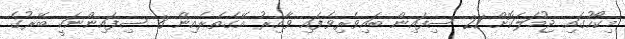
މިކޯހުގައި ޖުމަލަކޮށް 21 ސިފައިން ބައިވެރިވެފައި ވާއިރު އޭގެތެރެއިން 8 ސިފައިންނަކީ ބޭރުގެ